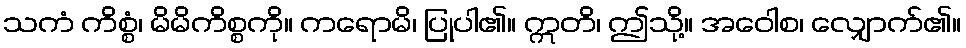
သကံ ကိစ္စံ၊ မိမိကိစ္စကို။ ကရောမိ၊ ပြုပါ၏။ ဣတိ၊ ဤသို့။ အဝေါစ၊ လျှောက်၏။